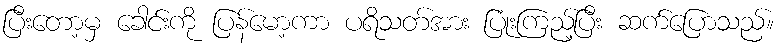
ပြီးတော့မှ ခေါင်းကို ပြန်မော့ကာ ပရိသတ်အား ပြုံးကြည့်ပြီး ဆက်ပြောသည်။